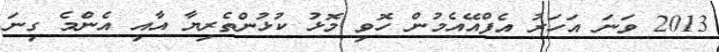
2013 ވަނަ އަހަރު އެފްއޭއެމުން ހޮވި މޮޅު ކުޅުންތެރިޔާ އާއި އެންމެ ގިނަ